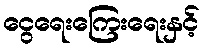
ငွေရေးကြေးရေးနှင့်